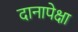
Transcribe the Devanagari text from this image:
दानापेक्षा